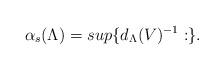
LaTeX: \begin{align*} \alpha_s(\Lambda) =sup\{d_{\Lambda}(V)^{-1} : \}.\end{align*}